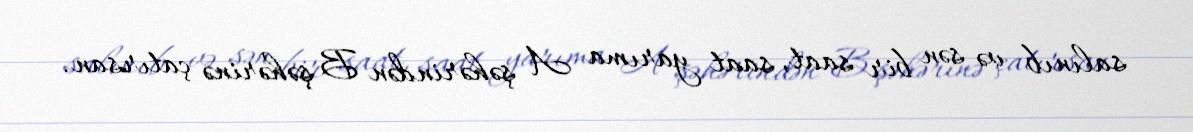
salınıb və sən bir saat, saat yarıma A şəhərindən B şəhərinə çatırsan.